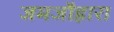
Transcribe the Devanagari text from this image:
जमजौहारा